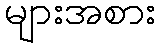
များအစား